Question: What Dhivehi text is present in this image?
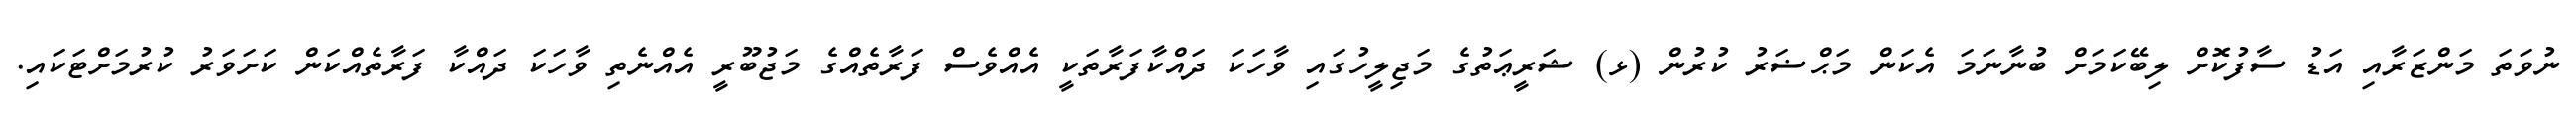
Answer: ނުވަތަ މަންޒަރާއި އަޑު ސާފުކޮށް ލިބޭކަމަށް ބުނާނަމަ އެކަން މަޙްޟަރު ކުރުން (ޅ) ޝަރީޢަތުގެ މަޖިލީހުގައި ވާހަކަ ދައްކާފަރާތަކީ އެއްވެސް ފަރާތެއްގެ މަޖުބޫރީ އެއްނެތި ވާހަކަ ދައްކާ ފަރާތެއްކަން ކަށަވަރު ކުރުމަށްޓަކައި.